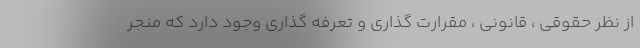
از نظر حقوقی ، قانونی ، مقرارت گذاری و تعرفه گذاری وجود دارد که منجر